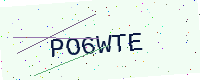
Text: PO6WTE